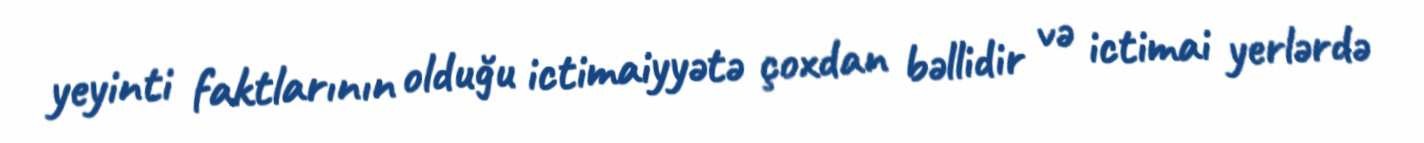
yeyinti faktlarının olduğu ictimaiyyətə çoxdan bəllidir və ictimai yerlərdə